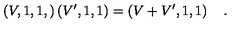
\left( V , 1 , 1 , \right) \left( V ^ { \prime } , 1 , 1 \right) = \left( V + V ^ { \prime } , 1 , 1 \right) \quad .